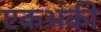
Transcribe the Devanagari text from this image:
एकअंकी